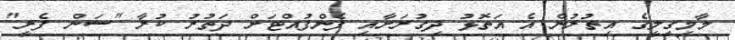
މާމިގިލީގެ އިތުރުން އެ އަތޮޅު ދިގުރަށާއި ފެންފުއްޓަށް ދަތުރު ކުރާ "ސަން ފެރީ"